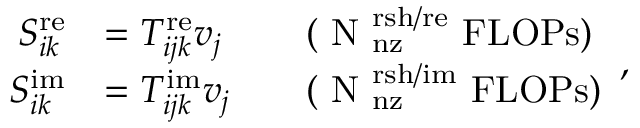
\begin{array} { r l r l } { S _ { i k } ^ { \mathrm { r e } } } & { = T _ { i j k } ^ { \mathrm { r e } } v _ { j } } & & { \mathrm { ( ~ N _ \mathrm { ~ n z } ^ \mathrm { ~ r s h / r e } ~ F L O P s ) } } \\ { S _ { i k } ^ { \mathrm { i m } } } & { = T _ { i j k } ^ { \mathrm { i m } } v _ { j } } & & { \mathrm { ( ~ N _ \mathrm { ~ n z } ^ \mathrm { ~ r s h / i m } ~ F L O P s ) } } \end{array} ,